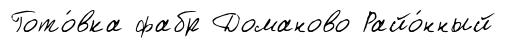
Гото́вка фабр Доманово Райо́нный